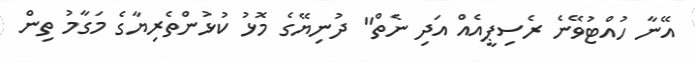
އޭނާ ހުއްޓުވޭނެ ރެސިޕީއެއް އަދި ނެތް" ދުނިޔޭގެ މޮޅު ކުޅުންތެރިޔާގެ މަގާމު ތިން